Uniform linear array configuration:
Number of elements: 12
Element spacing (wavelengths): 0.75
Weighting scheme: exponential
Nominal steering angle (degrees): -45
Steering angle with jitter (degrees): -44.015
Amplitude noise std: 0.05
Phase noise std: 0.05

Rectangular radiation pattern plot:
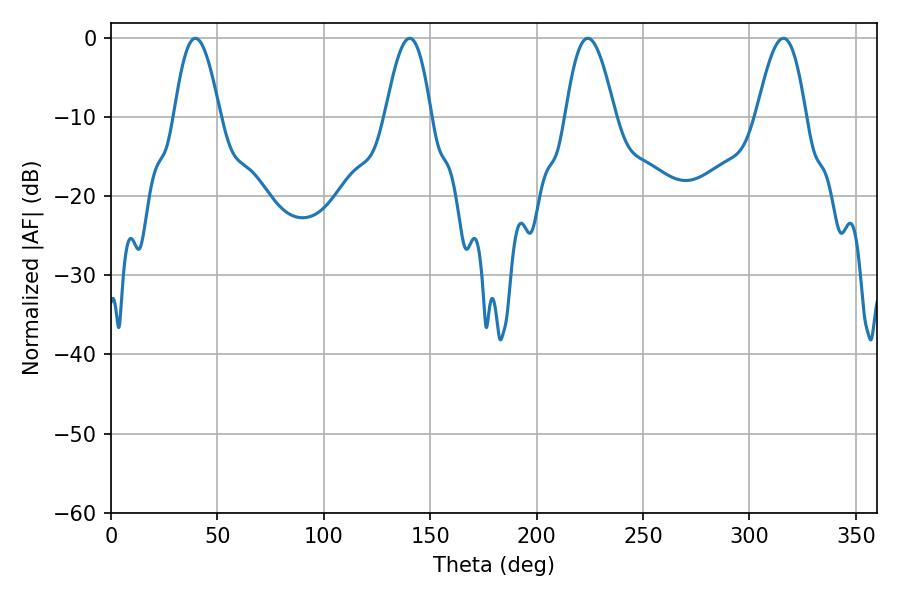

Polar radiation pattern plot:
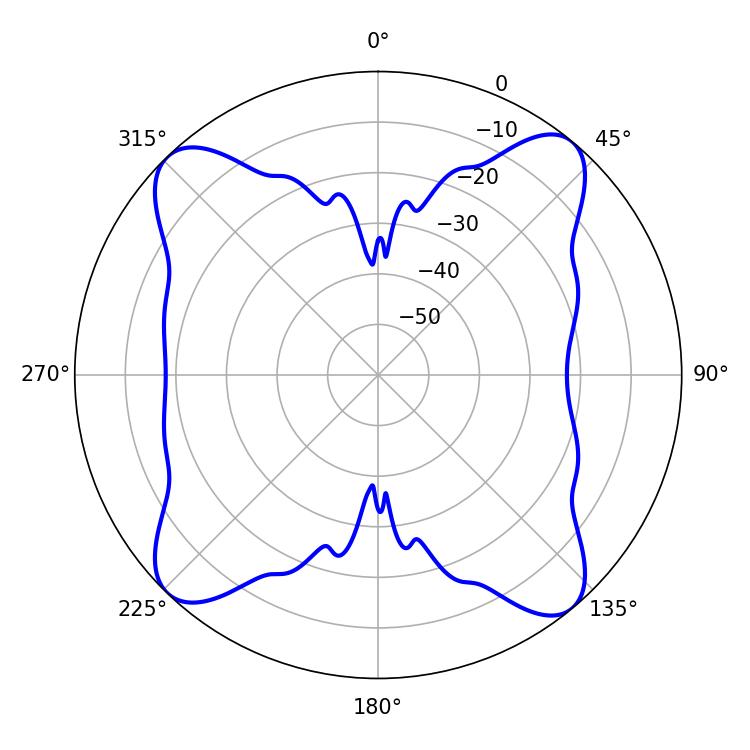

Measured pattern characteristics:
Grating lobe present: TRUE
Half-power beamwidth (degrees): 11.7
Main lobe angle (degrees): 39.6